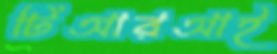
টিআরআই